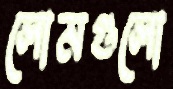
লোমগুলো